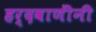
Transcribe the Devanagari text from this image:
हर्दवाणींनी